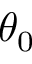
\theta _ { 0 }